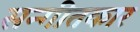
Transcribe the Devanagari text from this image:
सन्गीतकार